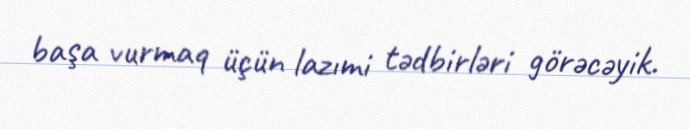
başa vurmaq üçün lazımi tədbirləri görəcəyik.